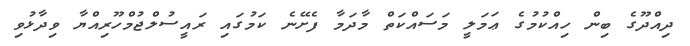
ދިއްދޫގެ ބިން ހިއްކުމުގެ ޢަމަލީ މަސައްކަތް މާދަމާ ފެށޭނެ ކަމުގައި ރައީސުލްޖުމްހޫރިއްޔާ ވިދާޅުވި